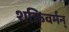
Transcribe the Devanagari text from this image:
शक्तिवर्मन्‌